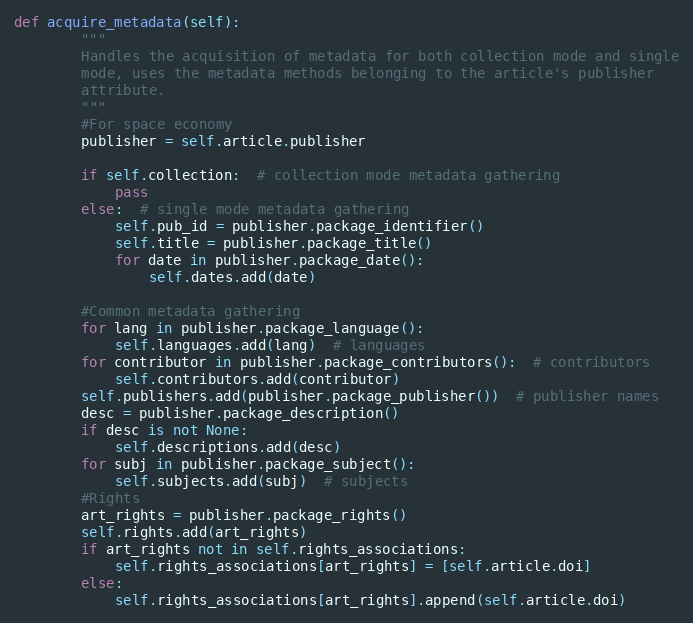
Language: Python
def acquire_metadata(self):
        """
        Handles the acquisition of metadata for both collection mode and single
        mode, uses the metadata methods belonging to the article's publisher
        attribute.
        """
        #For space economy
        publisher = self.article.publisher

        if self.collection:  # collection mode metadata gathering
            pass
        else:  # single mode metadata gathering
            self.pub_id = publisher.package_identifier()
            self.title = publisher.package_title()
            for date in publisher.package_date():
                self.dates.add(date)

        #Common metadata gathering
        for lang in publisher.package_language():
            self.languages.add(lang)  # languages
        for contributor in publisher.package_contributors():  # contributors
            self.contributors.add(contributor)
        self.publishers.add(publisher.package_publisher())  # publisher names
        desc = publisher.package_description()
        if desc is not None:
            self.descriptions.add(desc)
        for subj in publisher.package_subject():
            self.subjects.add(subj)  # subjects
        #Rights
        art_rights = publisher.package_rights()
        self.rights.add(art_rights)
        if art_rights not in self.rights_associations:
            self.rights_associations[art_rights] = [self.article.doi]
        else:
            self.rights_associations[art_rights].append(self.article.doi)